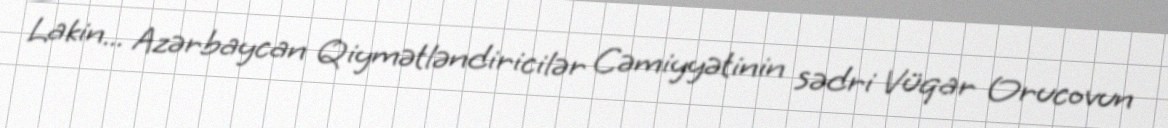
Lakin... Azərbaycan Qiymətləndiricilər Cəmiyyətinin sədri Vüqar Orucovun